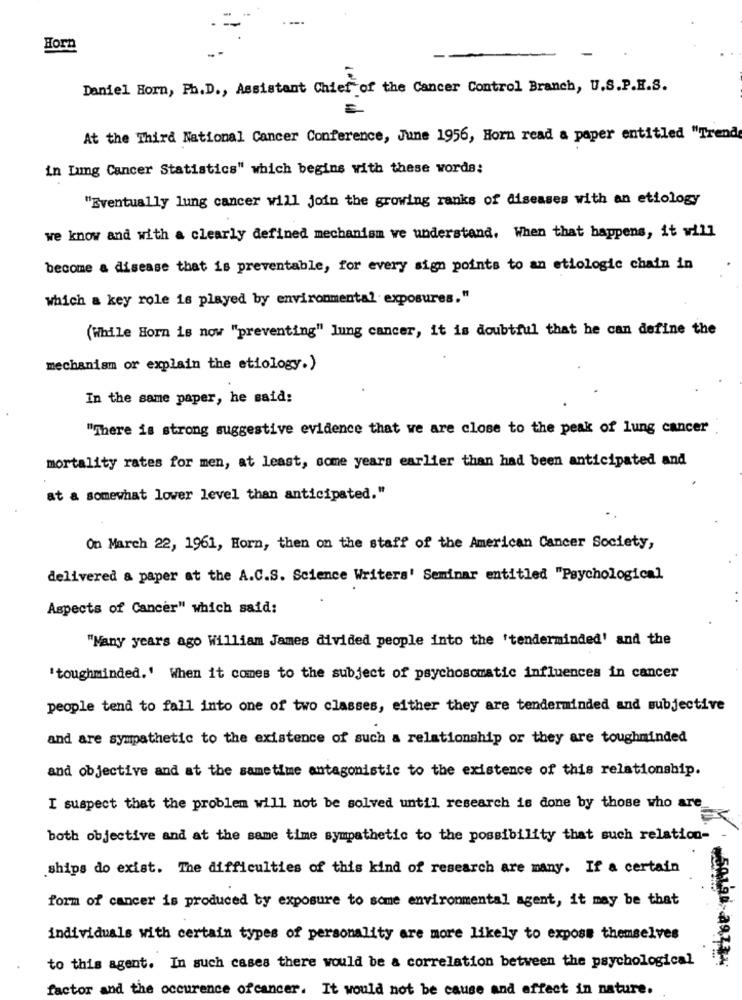
Horn
Daniel Horn, Ph.D ., Assistant Chief of the Cancer Control Branch, U.S.P.E.S.
At the Third National Cancer Conference, June 1956, Horn read a paper entitled "Trend
in Lung Cancer Statistics" which begins with these words:
"Eventually lung cancer will join the growing ranks of diseases with an etiology
we know and with a clearly defined mechanism ve understand. When that happens, it will
become a disease that is preventable, for every sign points to an etiologic chain in
which a key role is played by environmental exposures."
(While Horn is now "preventing" lung cancer, it is doubtful that he can define the
mechanism or explain the etiology.)
In the same paper, he said:
"There is strong suggestive evidence that we are close to the peak of lung cancer
mortality rates for men, at least, some years earlier than had been anticipated and
at a somewhat lower level than anticipated."
On March 22, 1961, Horn, then on the staff of the American Cancer Society,
delivered a paper at the A.C.S. Science Writers' Seminar entitled "Psychological
Aspects of Cancer" which said:
"Many years ago William James divided people into the 'tenderminded' and the
'toughminded.' When it comes to the subject of psychosomatic influences in cancer
people tend to fall into one of two classes, either they are tenderminded and subjective
and are sympathetic to the existence of such a relationship or they are toughminded
and objective and at the sametime antagonistic to the existence of this relationship.
I suspect that the problem will not be solved until research is done by those who are
both objective and at the same time sympathetic to the possibility that such relation-
ships do exist. The difficulties of this kind of research are many. If a certain
form of cancer is produced by exposure to some environmental agent, it may be that
individuals with certain types of personality are more likely to expose themselves
to this agent. In such cases there would be a correlation between the psychological
factor and the occurence ofcancer. It would not be cause and effect in nature.